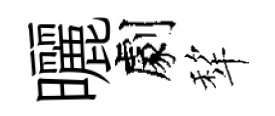
曬劇犂